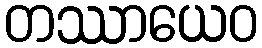
တဿာယေဝ